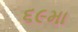
૬૯મા